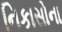
નિકાસોના